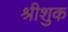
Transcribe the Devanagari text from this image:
श्रीशुक